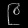
Digit: ၉